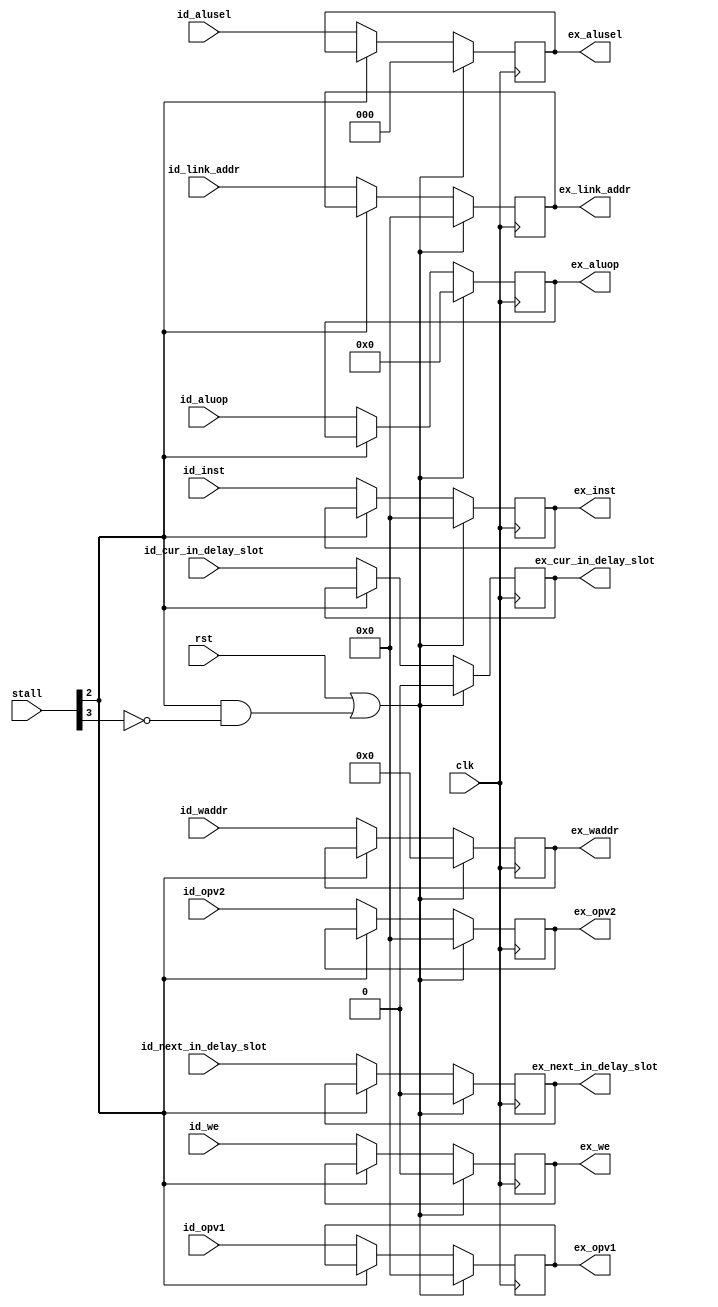
module reg_id_ex (
    input      [ 7:0] id_aluop             ,
    input      [ 2:0] id_alusel            ,
    input      [31:0] id_opv1              ,
    input      [31:0] id_opv2              ,
    input             id_we                ,
    input      [ 4:0] id_waddr             ,
    output reg [ 7:0] ex_aluop             ,
    output reg [ 2:0] ex_alusel            ,
    output reg [31:0] ex_opv1              ,
    output reg [31:0] ex_opv2              ,
    output reg        ex_we                ,
    output reg [ 4:0] ex_waddr             ,
    input      [ 5:0] stall                ,
    input             id_cur_in_delay_slot ,
    input      [31:0] id_link_addr         ,
    input             id_next_in_delay_slot,
    output reg        ex_cur_in_delay_slot ,
    output reg [31:0] ex_link_addr         ,
    output reg        ex_next_in_delay_slot,
    input      [31:0] id_inst              ,
    output reg [31:0] ex_inst              ,
    input             clk                  ,
    input             rst
);

    always @(posedge clk) begin
        if (rst || (stall[2] && !stall[3])) begin
            ex_aluop <= 0; ex_alusel <= 0; // nop
            ex_opv1  <= 0; ex_opv2   <= 0;
            ex_we    <= 0; ex_waddr  <= 0;
            ex_cur_in_delay_slot  <= 0;
            ex_link_addr          <= 0;
            ex_next_in_delay_slot <= 0;
            ex_inst  <= 0;
        end else if (!stall[2]) begin
            ex_aluop  <= id_aluop ;
            ex_alusel <= id_alusel;
            ex_opv1   <= id_opv1  ;
            ex_opv2   <= id_opv2  ;
            ex_we     <= id_we    ;
            ex_waddr  <= id_waddr ;
            ex_cur_in_delay_slot  <= id_cur_in_delay_slot ;
            ex_link_addr          <= id_link_addr         ;
            ex_next_in_delay_slot <= id_next_in_delay_slot;
            ex_inst   <= id_inst;
        end
    end

endmodule // reg_id_ex